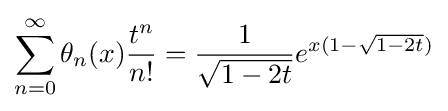
\sum _{n=0}^{\infty }\theta _{n}(x){\frac {t^{n}}{n!}}={\frac {1}{\sqrt {1-2t}}}e^{x(1-{\sqrt {1-2t}})}